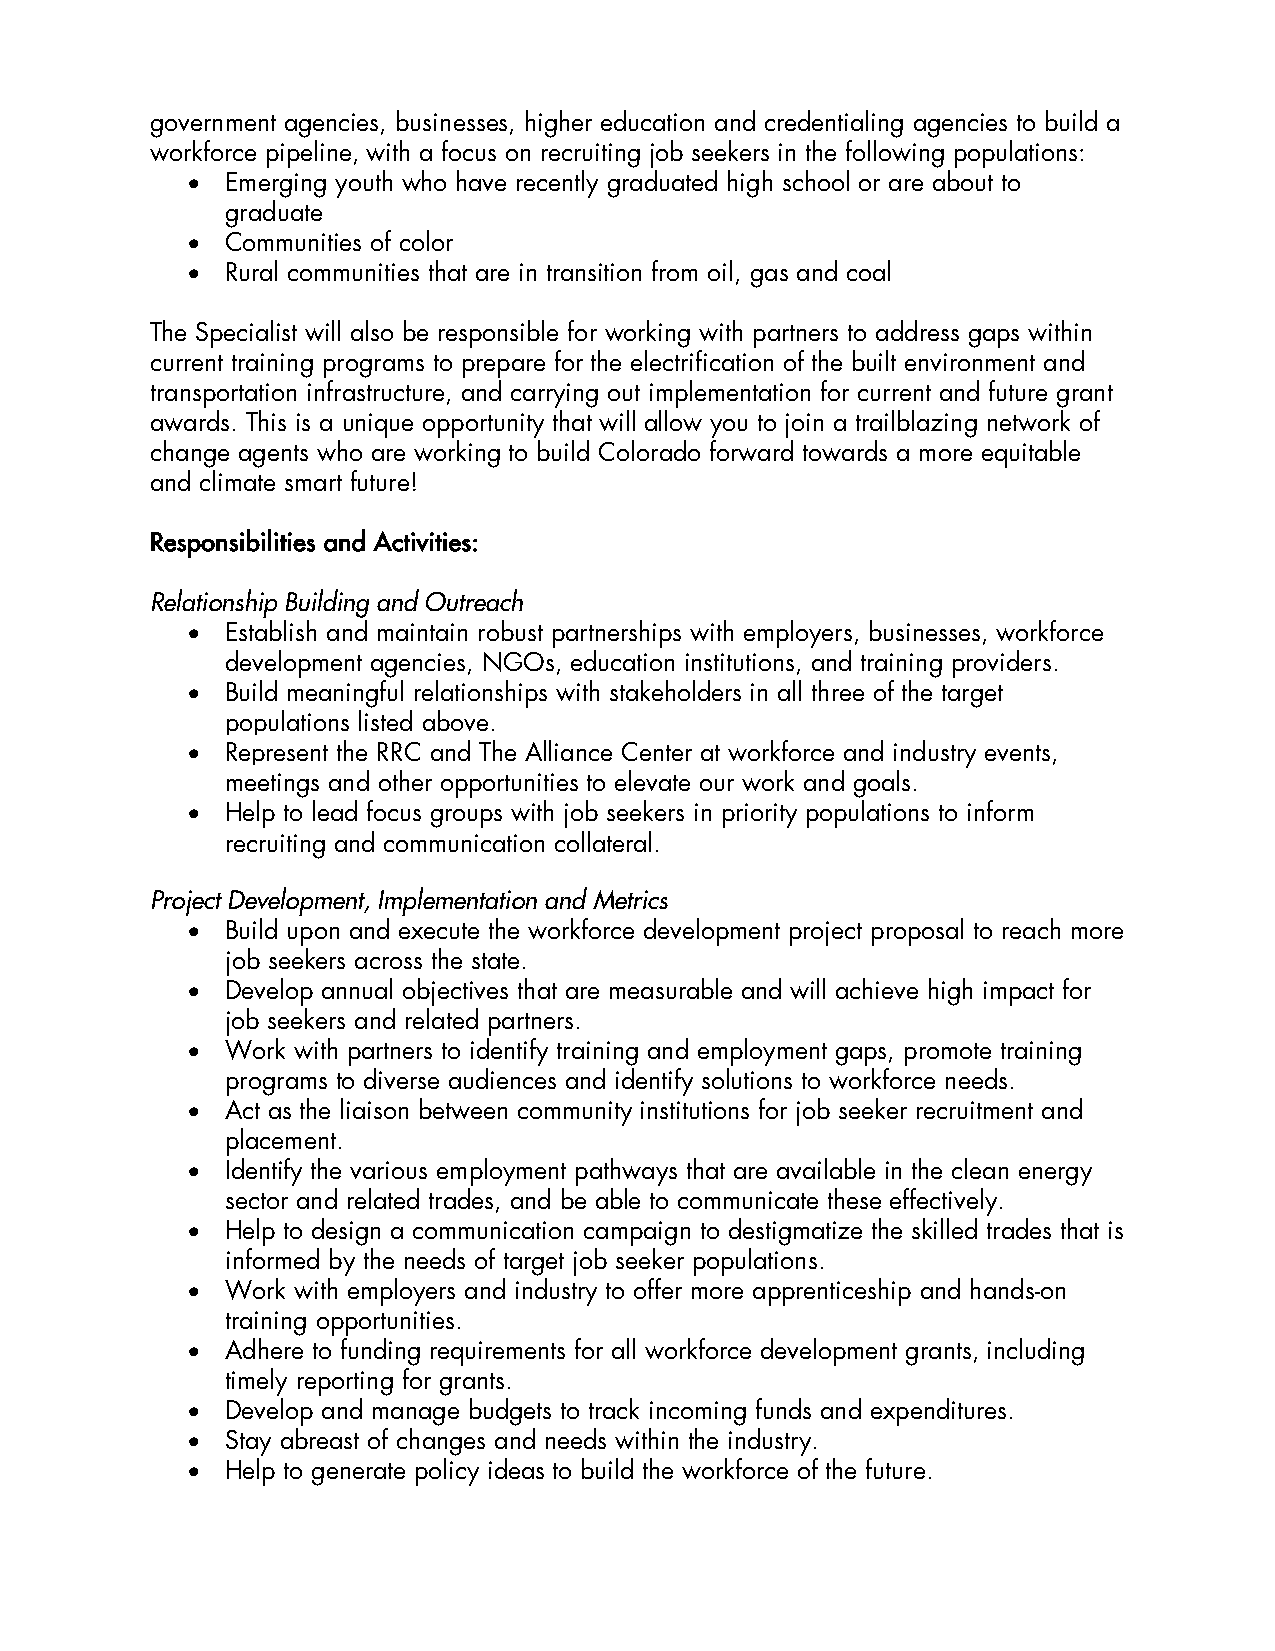
government agencies, businesses, higher education and credentialing agencies to build a
 workforce pipeline, with a focus on recruiting job seekers in the following populations:
 •  Emerging youth who have recently graduated high school or are about to
 graduate
 •  Communities of color
 •  Rural communities that are in transition from oil, gas and coal
 The Specialist will also be responsible for working with partners to address gaps within
 current training programs to prepare for the electrification of the built environment and
 transportation infrastructure, and carrying out implementation for current and future grant
 awards. This is a unique opportunity that will allow you to join a trailblazing network of
 change agents who are working to build Colorado forward towards a more equitable
 and climate smart future!
 Responsibilities and Activities:
 Relationship Building and Outreach
 •  Establish and maintain robust partnerships with employers, businesses, workforce
 development agencies, NGOs, education institutions, and training providers.
 •  Build meaningful relationships with stakeholders in all three of the target
 populations listed above.
 •  Represent the RRC and The Alliance Center at workforce and industry events,
 meetings and other opportunities to elevate our work and goals.
 •  Help to lead focus groups with job seekers in priority populations to inform
 recruiting and communication collateral.
 Project Development, Implementation and Metrics
 •  Build upon and execute the workforce development project proposal to reach more
 job seekers across the state.
 •  Develop annual objectives that are measurable and will achieve high impact for
 job seekers and related partners.
 •  Work with partners to identify training and employment gaps, promote training
 programs to diverse audiences and identify solutions to workforce needs.
 •  Act as the liaison between community institutions for job seeker recruitment and
 placement.
 •  Identify the various employment pathways that are available in the clean energy
 sector and related trades, and be able to communicate these effectively.
 •  Help to design a communication campaign to destigmatize the skilled trades that is
 informed by the needs of target job seeker populations.
 •  Work with employers and industry to offer more apprenticeship and hands-on
 training opportunities.
 •  Adhere to funding requirements for all workforce development grants, including
 timely reporting for grants.
 •  Develop and manage budgets to track incoming funds and expenditures.
 •  Stay abreast of changes and needs within the industry.
 •  Help to generate policy ideas to build the workforce of the future.